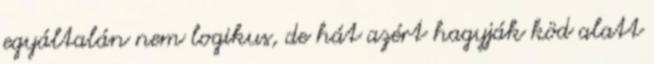
egyáltalán nem logikus, de hát azért hagyják köd alatt